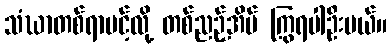
သံဃာတစ်ရာပင့်လို့ တစ်ညဉ့်အိပ် ကြွရပါဦးမယ်။